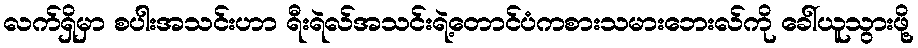
လက်ရှိမှာ စပါးအသင်းဟာ ရီးရဲလ်အသင်းရဲ့တောင်ပံကစားသမားဘေးလ်ကို ခေါ်ယူသွားဖို့